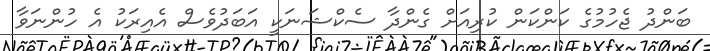
ބަންދު ޖެހުމުގެ ކަންކަން ކުރިއަށް ގެންދާ ސެކްޝަނަކީ އަބަދުވެސް އެއިރަކު އެ ހުންނަވާ